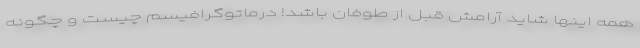
همه اینها شاید آرامش قبل از طوفان باشد! درماتوگرافیسم چیست و چگونه